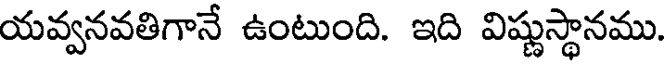
యవ్వనవతిగానే ఉంటుంది. ఇది విష్ణుస్థానము.